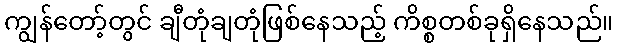
ကျွန်တော့်တွင် ချီတုံချတုံဖြစ်နေသည့် ကိစ္စတစ်ခုရှိနေသည်။